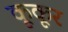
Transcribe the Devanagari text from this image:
कूकूर